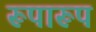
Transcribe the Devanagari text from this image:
रूपारूप